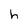
Character: h